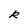
Character: R